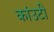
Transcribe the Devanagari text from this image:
कांउटी